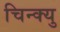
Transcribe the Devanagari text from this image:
चिन्क्यु